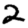
Digit: 2